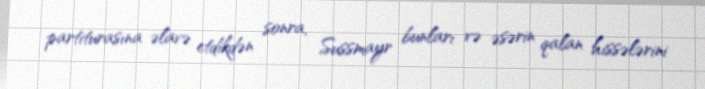
partiturasına əlavə etdikdən sonra, Sussmayr bunları və əsərin qalan hissələrini